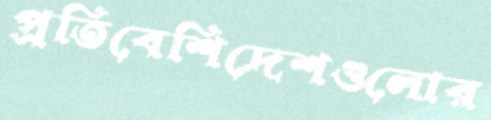
প্রতিবেশিদেশগুলোর